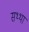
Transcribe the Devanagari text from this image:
सथ्था